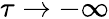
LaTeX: \tau\to-\infty